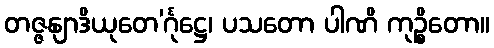
တဇ္ဇနျာဒိယုတေ’င်္ဂုဋ္ဌေ၊ ပသတော ပါဏိ ကုဉ္စိတော။